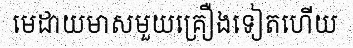
មេដាយមាសមួយគ្រឿងទៀតហើយ